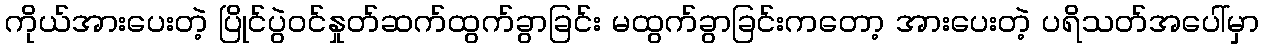
ကိုယ်အားပေးတဲ့ ပြိုင်ပွဲဝင်နှုတ်ဆက်ထွက်ခွာခြင်း မထွက်ခွာခြင်းကတော့ အားပေးတဲ့ ပရိသတ်အပေါ်မှာ